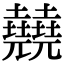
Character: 㚁